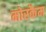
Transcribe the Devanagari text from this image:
मोरकैम